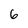
Character: 6